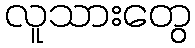
လူသားတွေ